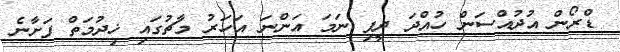
ޑްރޯން އުދުއްސަން ހުއްދަ ދީފި ނަމަ އަންނަ އަހަރު މާޗުގައި ޚިދުމަތް ފަށާނެ